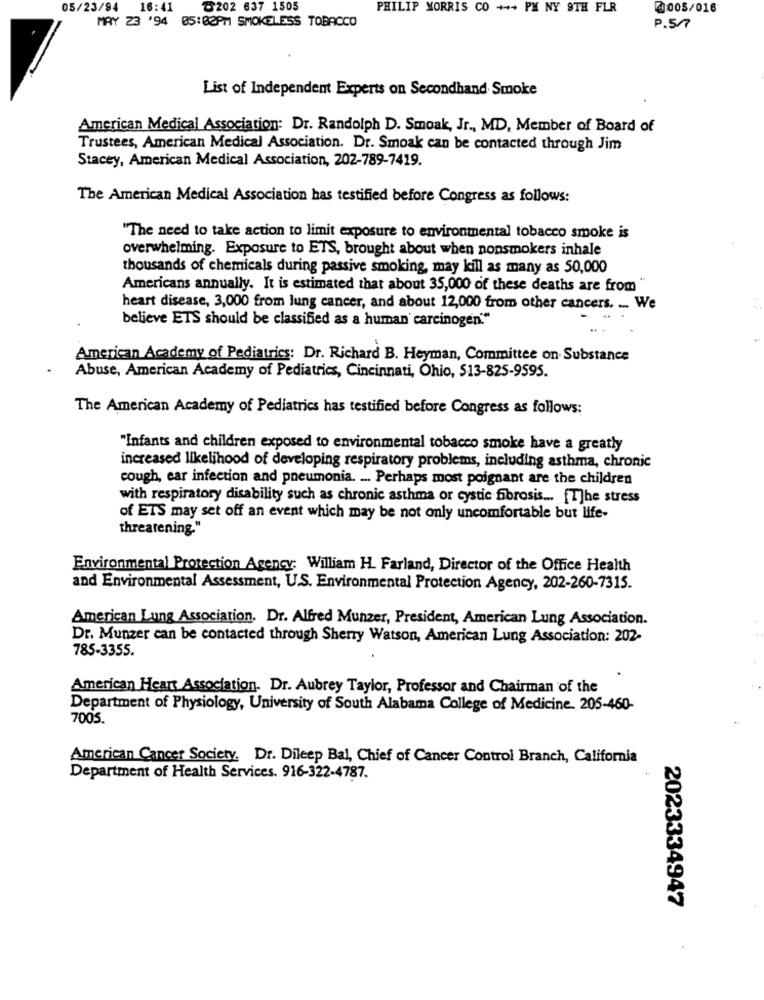
05/23/94
16:41
8202 637 1505
PHILIP MORRIS CO ++ PM NY 9TH FLR
@005/016
MAY 23 '94 05:02PM SMOKELESS TOBACCO
P.57
List of Independent Experts on Secondhand Smoke
American Medical Association: Dr. Randolph D. Smoak, Jr ., MD, Member of Board of
Trustees, American Medical Association. Dr. Smoak can be contacted through Jim
Stacey, American Medical Association, 202-789-7419.
The American Medical Association has testified before Congress as follows:
"The need to take action to limit exposure to environmental tobacco smoke is
overwhelming. Exposure to ETS, brought about when nonsmokers inhale
thousands of chemicals during passive smoking, may kill as many as 50,000
Americans annually. It is estimated that about 35,000 of these deaths are from
heart disease, 3,000 from lung cancer, and about 12,000 from other cancers. ... We
believe ETS should be classified as a human carcinogen."
... .
American Academy of Pediatrics: Dr. Richard B. Heyman, Committee on Substance
Abuse, American Academy of Pediatrics, Cincinnati, Ohio, 513-825-9595.
The American Academy of Pediatrics has testified before Congress as follows:
"Infants and children exposed to environmental tobacco smoke have a greatly
increased likelihood of developing respiratory problems, including asthma, chronic
cough, ear infection and pneumonia. .. Perhaps most poignant are the children
with respiratory disability such as chronic asthma or cystic fibrosis ... [T]he stress
of ETS may set off an event which may be not only uncomfortable but life-
threatening."
Environmental Protection Agency: William H. Farland, Director of the Office Health
and Environmental Assessment, U.S. Environmental Protection Agency, 202-260-7315.
American Lung Association. Dr. Alfred Munzer, President, American Lung Association.
Dr. Munzer can be contacted through Sherry Watson, American Lung Association: 202-
785-3355.
American Heart Association. Dr. Aubrey Taylor, Professor and Chairman of the
Department of Physiology, University of South Alabama College of Medicine. 205-460-
7005.
American Cancer Society. Dr. Dileep Bal, Chief of Cancer Control Branch, California
Department of Health Services. 916-322-4787.
2023334947